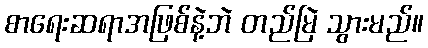
စာရေးဆရာအဖြစ်နဲ့ဘဲ တည်မြဲ သွားမည်။